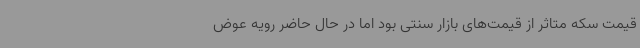
قیمت سکه متاثر از قیمت‌های بازار سنتی بود اما در حال حاضر رویه‌ عوض